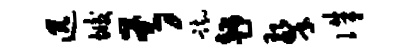
迅垢甚踟趣擎侏